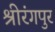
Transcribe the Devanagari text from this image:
श्रीरंगपुर